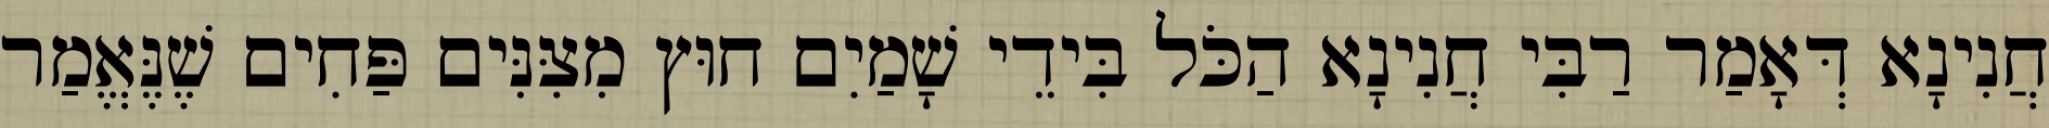
חֲנִינָא דְּאָמַר רַבִּי חֲנִינָא הַכֹּל בִּידֵי שָׁמַיִם חוּץ מִצִּנִּים פַּחִים שֶׁנֶּאֱמַר